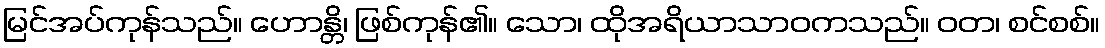
မြင်အပ်ကုန်သည်။ ဟောန္တိ၊ ဖြစ်ကုန်၏။ သော၊ ထိုအရိယာသာဝကသည်။ ဝတ၊ စင်စစ်။